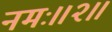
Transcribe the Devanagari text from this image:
नमः॥२॥